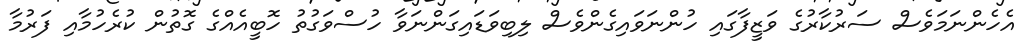
އެހެންނަމަވެސް ސަރުކާރުގެ ވަޒީފާގައި ހުންނަވައިގެންވެސް ލިބިވަޑައިގަންނަވާ ހުސްވަގުތު ހޮބީއެއްގެ ގޮތުން ކުރެހުމާއި ފަރުމާ